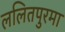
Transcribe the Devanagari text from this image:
ललितपुरमा